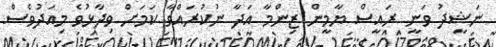
ނަޝީދު ވަނީ ރައީސް ޔާމީން ޒިންމާ އަދާ ނުކުރައްވާ ކަމަށް ވިދާޅުވެ މިއަދުވެސް